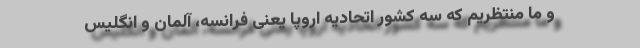
و ما منتظریم که سه کشور اتحادیه اروپا یعنی فرانسه، آلمان و انگلیس